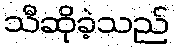
သီဆိုခဲ့သည်